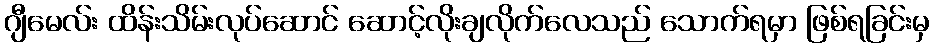
ဂျီမေလ်း ထိန်းသိမ်းလုပ်ဆောင် ဆောင့်လိုးချလိုက်လေသည် သောက်ရမှာ ဖြစ်ရခြင်းမှ